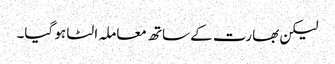
لیکن بھارت کے ساتھ معاملہ الٹا ہو گیا۔